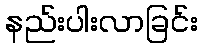
နည်းပါးလာခြင်း